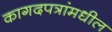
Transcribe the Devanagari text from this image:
कागदपत्रांमधील